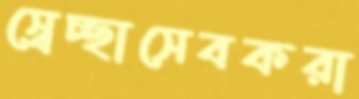
স্বেচ্ছাসেবকরা